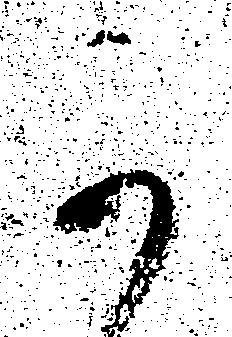
可